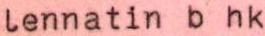
lennatin b hk